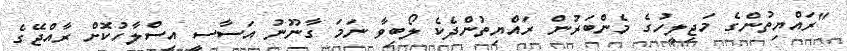
"ރައްޔިތުންގެ މަޖިލީހުގެ މެންބަރުން ރައްޔިތުންދެކެ ލޯބިވާ ނަމަ ގާނޫނު އަސާސީ އިސްލާހުކޮށް ރާއްޖޭގެ